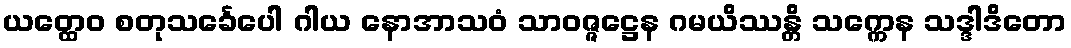
ယတ္ထေဝ စတုသင်္ခေပေါ ဂါယ နောအာသဝံ သာဝဇ္ဇဋ္ဌေန ဂမယိဿန္တိ သက္ကေန သဒ္ဒါဒိတော